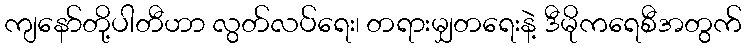
ကျနော်တို့ပါတီဟာ လွတ်လပ်ရေး၊ တရားမျှတရေးနဲ့ ဒီမိုကရေစီအတွက်